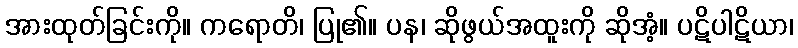
အားထုတ်ခြင်းကို။ ကရောတိ၊ ပြု၏။ ပန၊ ဆိုဖွယ်အထူးကို ဆိုအံ့။ ပဋိပါဋိယာ၊